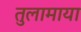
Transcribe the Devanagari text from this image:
तुलामाया